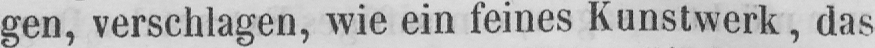
gen, verschlagen, wie ein feines Kunstwerk, das